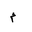
Letter: _mim